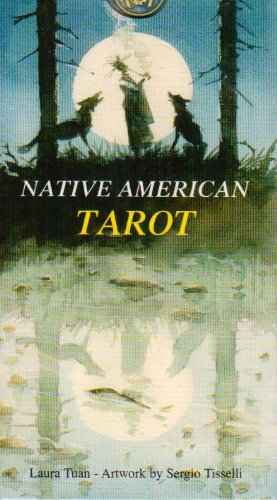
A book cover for Native American Tarot; Lo Scarabeo; Religion & Spirituality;